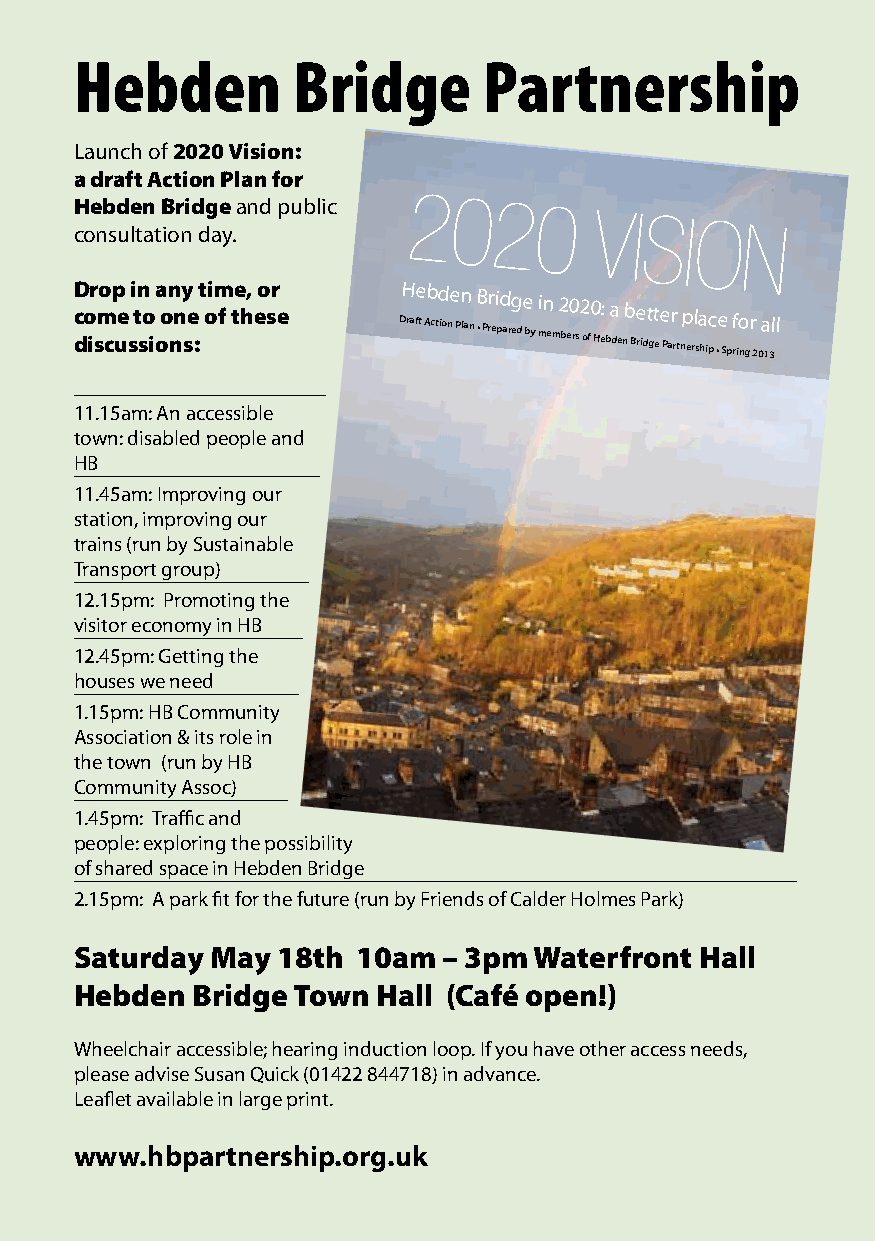
Hebden        Bridge       Partnership
 Launch of 2020 Vision:
 a draft Action Plan for
 H coe nb sd ue ltn
 at
 B ior nid dg ae
 y
 .and public
 2020
 vision
 D c do ir smo cp ue s i tn so i a o on nny se : t oim f te h, eo sr e DH rafe t Ab ctd ione Pn lan B • Pr rei pd arg ede by i mn em 2 be0 rs2 of0 He: ba de nb Be ridt gt ee Par r tnp erl sa hic p •e Sp f rio ngr 2 0a 13ll
 11.15am: An accessible
 town: disabled people and
 HB
 11.45am: Improving our
 station, improving our
 trains (run by Sustainable
 Transport group)
 12.15pm: Promoting the
 visitor economy in HB
 12.45pm: Getting the
 houses we need
 1.15pm: HB Community
 Association & its role in
 the town (run by HB
 Community Assoc)
 1.45pm: Traffic and
 people: exploring the possibility
 of shared space in Hebden Bridge
 2.15pm: A park fit for the future (run by Friends of Calder Holmes Park)
 Saturday May 18th  10am – 3pm Waterfront Hall
 Hebden  Bridge Town Hall (Café open!)
 Wheelchair accessible; hearing induction loop. If you have other access needs,
 please advise Susan Quick (01422 844718) in advance.
 Leaflet available in large print.
 www.hbpartnership.org.uk